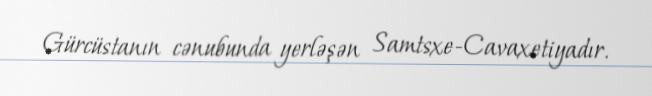
Gürcüstanın cənubunda yerləşən Samtsxe-Cavaxetiyadır.